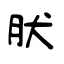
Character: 肰